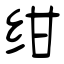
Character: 绀